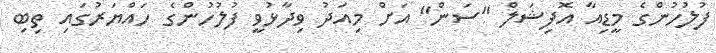
ފުލުހުންގެ މީޑިއާ އޮފިޝަލް "ސަން" އަށް މިއަދު ވިދާޅުވީ ފުލުހުންގެ ހައްޔަރުގައި ތިބި